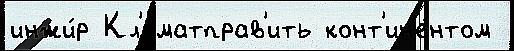
инжи́р Кл'иматправ'ить конт'ин'е́нтом